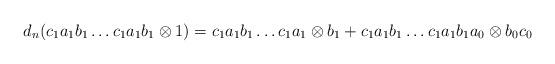
LaTeX: \begin{align*}d_n(c_1a_1b_1 \dots c_1a_1b_1 \otimes 1) = c_1a_1b_1 \dots c_1a_1 \otimes b_1 + c_1a_1b_1 \dots c_1a_1b_1a_0 \otimes b_0c_0\end{align*}